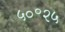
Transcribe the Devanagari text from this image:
५०॰२५